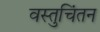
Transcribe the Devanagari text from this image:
वस्तुचिंतन